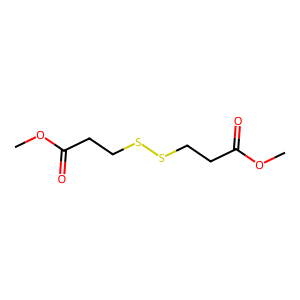
SMILES: COC(=O)CCSSCCC(=O)OC
Inhibits HIV replication: No